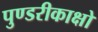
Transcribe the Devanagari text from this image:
पुण्डरीकाक्षो